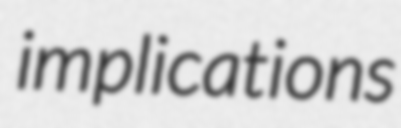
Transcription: implications